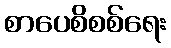
စာပေစိစစ်ရေး